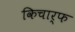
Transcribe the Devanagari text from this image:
किचार्फ